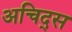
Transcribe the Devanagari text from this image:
अचिद्स